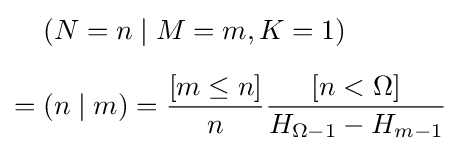
{\begin{aligned}&(N=n\mid M=m,K=1)\\[5pt]={}&(n\mid m)={\frac {[m\leq n]}{n}}{\frac {[n<\Omega ]}{H_{\Omega -1}-H_{m-1}}}\end{aligned}}